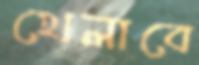
খেলাবে